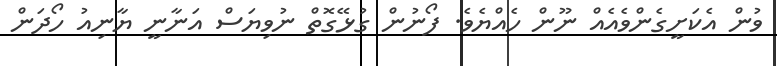
ވުން އެކަށީގެންވެއެއް ނޫން ހެއްޔެވެ. ފޯނުން ގުޅޭގޮތް ނުވިޔަސް އަނާނީ ޔާނިއު ހޯދަން